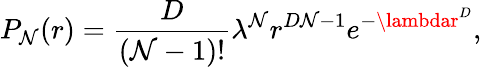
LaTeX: P_{\mathcal{N}}(r)={\frac{{D}}{{(\mathcal{N}-1)!}}}{\lambda}^{\mathcal{N}}r^{D\mathcal{N}-1}e^{-\lambdar^{D}},